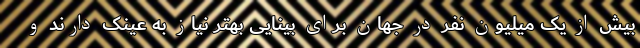
بیش از یک میلیون نفر در جهان برای بینایی بهتر نیاز به عینک دارند و